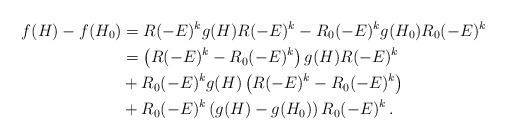
LaTeX: \begin{align*}f(H)-f(H_0)& =R(-E)^k g(H)R(-E)^k -R_0(-E)^k g(H_0)R_0(-E)^k\\& =\left(R(-E)^k-R_0(-E)^k\right)g(H)R(-E)^k\\& +R_0(-E)^k g(H)\left( R(-E)^k-R_0(-E)^k\right)\\& +R_0(-E)^k\left(g(H)-g(H_0)\right)R_0(-E)^k \,. \end{align*}